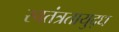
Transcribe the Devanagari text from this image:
स्वतंत्रतायुद्ध